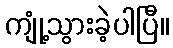
ကျုံ့သွားခဲ့ပါပြီ။